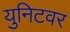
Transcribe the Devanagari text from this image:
युनिटवर